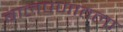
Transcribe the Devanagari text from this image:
बालपणातला